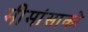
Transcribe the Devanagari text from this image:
मीमांसाकाे